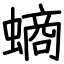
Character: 螪